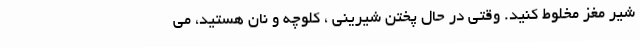
شیر مغز مخلوط کنید. وقتی در حال پختن شیرینی ، کلوچه و نان هستید، می